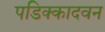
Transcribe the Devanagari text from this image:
पडिक्कादवन